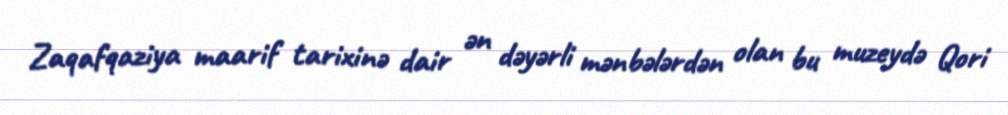
Zaqafqaziya maarif tarixinə dair ən dəyərli mənbələrdən olan bu muzeydə Qori